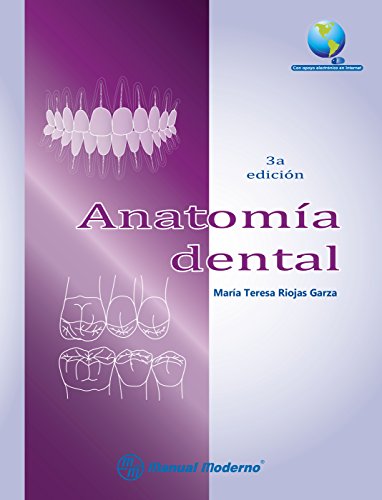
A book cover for AnatomÃ­a dental (Spanish Edition); MarÃ­a Teresa Riojas Garza; Medical Books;